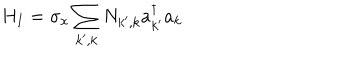
H _ { I } = \sigma _ { x } \sum _ { k ^ { \prime } , k } N _ { k ^ { \prime } , k } a _ { k ^ { \prime } } ^ { \dagger } a _ { k }